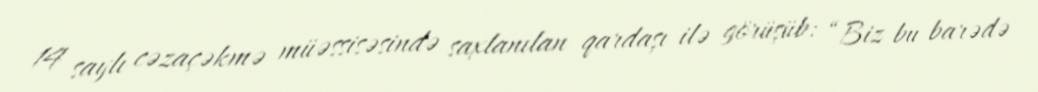
14 saylı cəzaçəkmə müəssisəsində saxlanılan qardaşı ilə görüşüb: “Biz bu barədə